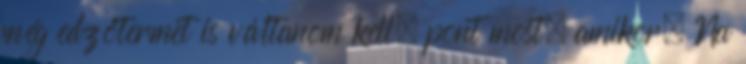
még edzőtermet is váltanom kell, pont most, amikor. Na